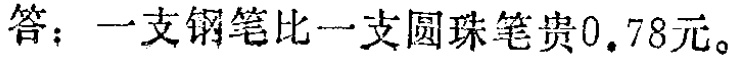
答：一支钢笔比一支圆珠笔贵$0.78$元。